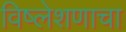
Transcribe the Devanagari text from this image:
विष्लेशणाचा